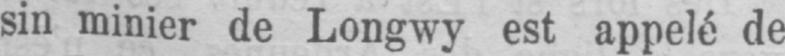
sin minier de Longwy est appelé de